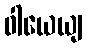
ဝါယေယျ